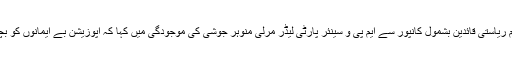
مودی نے بی جے پی کے کئی اہم ریاستی قائدین بشمول کانپور سے ایم پی و سینئر پارٹی لیڈر مرلی منوہر جوشی کی موجودگی میں کہا کہ اپوزیشن بے ایمانوں کو بچانے کے لئے اکٹھے ہورہے ہیں۔